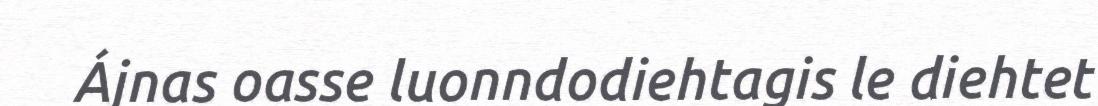
Ájnas oasse luonndodiehtagis le diehtet